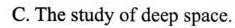
C. The study of deep space.